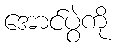
အောင်ပွဲကို